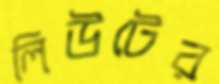
লিউটের